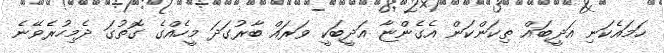
ހަމައެކަނި އަދީބައް ތިކަންކަން އެގެންޏާ އަދީބަކީ ވަރައް ބާރުގަދަ މީހެއްގެ ގޮތުގަ ދެމިހުރެވޭނެ